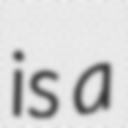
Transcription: is a